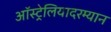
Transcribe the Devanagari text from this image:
ऑस्ट्रेलियादरम्यान